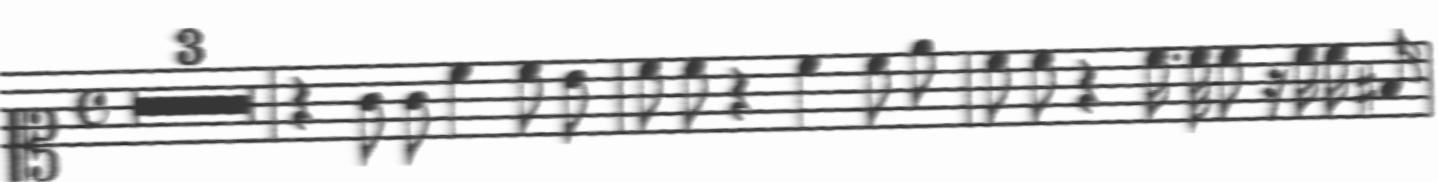
Transcription: clef-C1 timeSignature-C multirest-3 barline rest-quarter note-G4_eighth note-G4_eighth note-C5_quarter note-C5_eighth note-B4_eighth barline note-C5_eighth note-C5_eighth rest-quarter note-C5_quarter note-C5_eighth note-E5_eighth barline note-C5_eighth note-C5_eighth rest-quarter note-C5_sixteenth. note-C5_thirty_second note-C5_eighth rest-sixteenth note-C5_sixteenth note-C5_sixteenth note-F#4_sixteenth barline